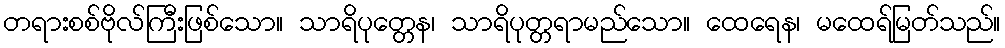
တရားစစ်ဗိုလ်ကြီးဖြစ်သော။ သာရိပုတ္တေန၊ သာရိပုတ္တရာမည်သော။ ထေရေန၊ မထေရ်မြတ်သည်။